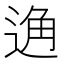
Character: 𨓨